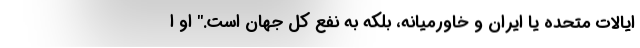
ایالات متحده یا ایران و خاورمیانه، بلکه به نفع کل جهان است." او ا